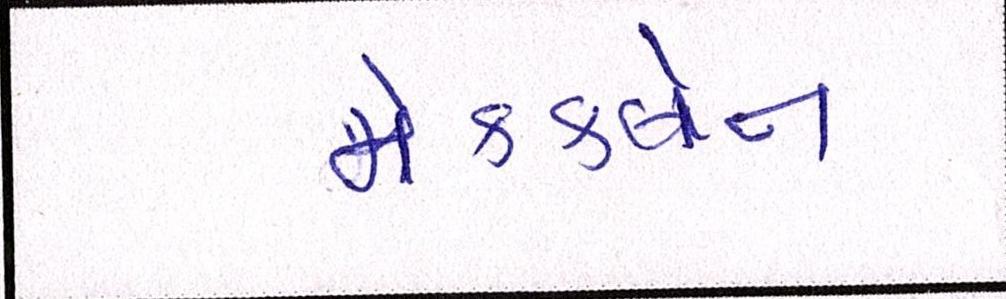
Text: મેકક્લેન